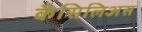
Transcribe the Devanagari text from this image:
कैसिलिअस